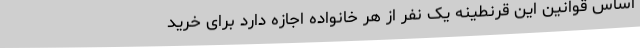
اساس قوانین این قرنطینه یک نفر از هر خانواده اجازه دارد برای خرید